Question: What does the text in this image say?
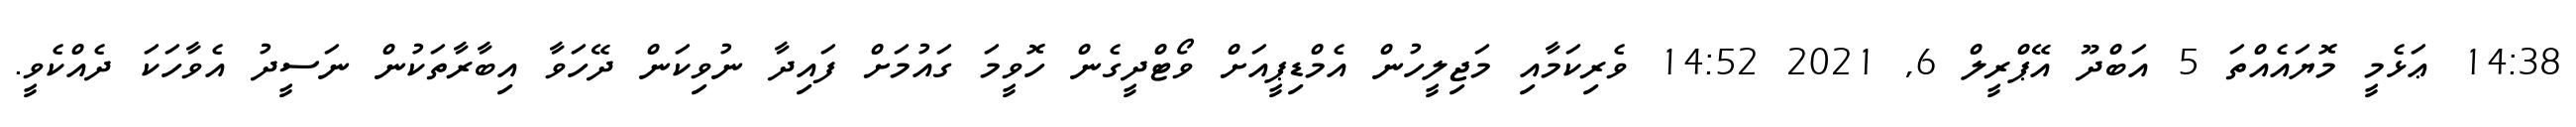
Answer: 14:38 ޢަޅެމީ މޮޔައެއްތަ 5 އަބްދޫ އޭޕްރީލް 6, 2021 14:52 ވެރިކަމާއި މަޖިލީހުން އެމްޑިޕީއަށް ވޯޓްދީގެން ހޮވީމަ ގައުމަށް ފައިދާ ނުވިކަން ދޭހަވާ އިބާރާތަކުން ނަސީދު އެވާހަކަ ދެއްކެވީ.